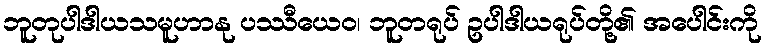
ဘူတုပါဒါယသမူဟာနု ပဿီယေဝ၊ ဘူတရုပ် ဥပါဒါယရုပ်တို့၏ အပေါင်းကို